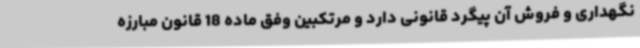
نگهداری و فروش آن پیگرد قانونی دارد و مرتکبین وفق ماده 18 قانون مبارزه